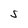
Character: S